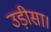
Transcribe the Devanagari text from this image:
उड़ीसा।